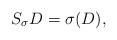
LaTeX: \begin{align*}S_\sigma D=\sigma(D),\end{align*}